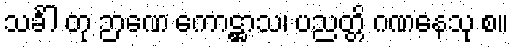
သင်္ခါ တု ဉာဏေ ကောဋ္ဌာသ၊ ပညတ္တိ ဂဏနေသု စ။